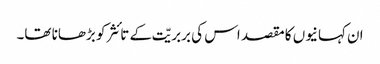
ان کہانیوں کا مقصد اس کی بربریّت کے تائثر کو بڑھانا تھا۔